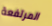
المرتفعة